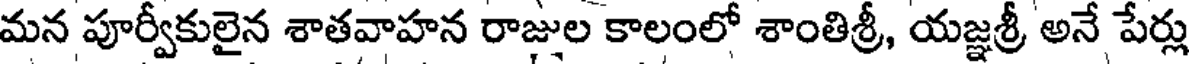
మన పూర్వీకులైన శాతవాహన రాజుల కాలంలో శాంతిశ్రీ, యజ్ఞశ్రీ అనే పేర్లు